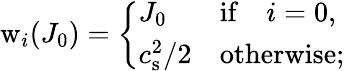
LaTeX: \mathrm{w}_{i}(J_{0})=\left\{ \begin{array}{ll}{J_{0}}&{\mathrm{if}\quad i=0,}\\ {c_{\mathrm{s}}^{2}/2}&{\mathrm{otherwise};}\end{array}\right.